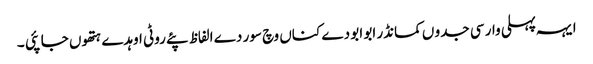
ایہہ پہلی وار سی جدو ں کمانڈر ابو ابو دے کناں وچ سور دے الفاظ پئے روٹی اوہدے ہتھوں جا پئی ۔